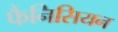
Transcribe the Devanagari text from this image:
फैनिसियन